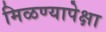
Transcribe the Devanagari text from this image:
मिळण्यापेक्षा